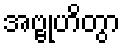
အဗ္ဗုဟိတွာ